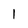
Character: 1